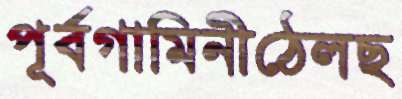
পূর্বগামিনীঠেলছ